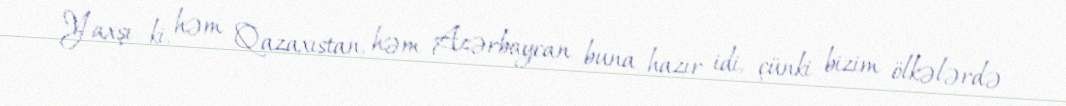
Yaxşı ki, həm Qazaxıstan, həm Azərbaycan buna hazır idi, çünki bizim ölkələrdə